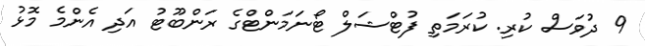
9 ދުވަސް ކުރި. ކުރަމަތި ފުޓްޝަލް ޓޯނަމަންޓްގެ ރަންބޫޓު އަދި އެންމެ މޮޅު